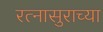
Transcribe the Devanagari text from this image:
रत्नासुराच्या